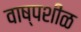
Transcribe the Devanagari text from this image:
वाष्पशीळ